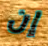
إن